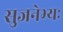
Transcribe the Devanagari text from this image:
सुजनेभ्यः